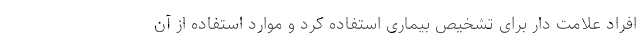
افراد علامت دار برای تشخیص بیماری استفاده کرد و موارد استفاده از آن